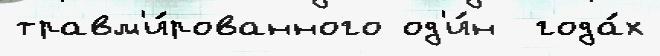
травм'и́рованного од'и́н  года́х